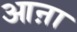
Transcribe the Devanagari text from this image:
आऩा